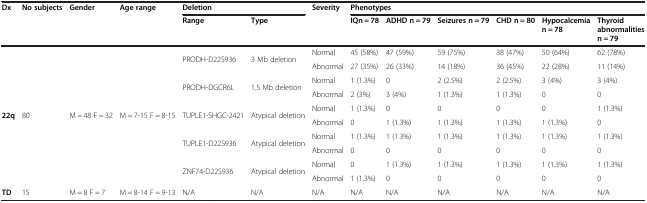
<table><thead><tr><td><b>Dx</b></td><td><b>No subjects</b></td><td><b>Gender</b></td><td><b>Age range</b></td><td colspan="2"><b>Deletion</b></td><td><b>Severity</b></td><td colspan="6"><b>Phenotypes</b></td></tr><tr><td></td><td></td><td></td><td></td><td><b>Range</b></td><td><b>Type</b></td><td></td><td><b>IQn = 78</b></td><td><b>ADHDn = 79</b></td><td><b>Seizuresn = 79</b></td><td><b>CHDn = 80</b></td><td><b>Hypocalcemian = 78</b></td><td><b>Thyroid abnormalities n = 79</b></td></tr></thead><tbody><tr><td rowspan="10"><b>22q</b></td><td rowspan="10">80</td><td rowspan="10">M = 48 F = 32</td><td rowspan="10">M = 7-15 F = 8-15</td><td rowspan="2">PRODH-D22S936</td><td rowspan="2">3 Mb deletion</td><td>Normal</td><td>45 (58%)</td><td>47 (59%)</td><td>59 (75%)</td><td>38 (47%)</td><td>50 (64%)</td><td>62 (78%)</td></tr><tr><td>Abnormal</td><td>27 (35%)</td><td>26 (33%)</td><td>14 (18%)</td><td>36 (45%)</td><td>22 (28%)</td><td>11 (14%)</td></tr><tr><td rowspan="2">PRODH-DGCR6L</td><td rowspan="2">1.5 Mb deletion</td><td>Normal</td><td>1 (1.3%)</td><td>0</td><td>2 (2.5%)</td><td>2 (2.5%)</td><td>3 (4%)</td><td>3 (4%)</td></tr><tr><td>Abnormal</td><td>2 (3%)</td><td>3 (4%)</td><td>1 (1.3%)</td><td>1 (1.3%)</td><td>0</td><td>0</td></tr><tr><td rowspan="2">TUPLE1-SHGC-2421</td><td rowspan="2">Atypical deletion</td><td>Normal</td><td>1 (1.3%)</td><td>0</td><td>0</td><td>0</td><td>0</td><td>1 (1.3%)</td></tr><tr><td>Abnormal</td><td>0</td><td>1 (1.3%)</td><td>1 (1.3%)</td><td>1 (1.3%)</td><td>1 (1.3%)</td><td>0</td></tr><tr><td rowspan="2">TUPLE1-D22S936</td><td rowspan="2">Atypical deletion</td><td>Normal</td><td>1 (1.3%)</td><td>1 (1.3%)</td><td>1 (1.3%)</td><td>1 (1.3%)</td><td>1 (1.3%)</td><td>1 (1.3%)</td></tr><tr><td>Abnormal</td><td>0</td><td>0</td><td>0</td><td>0</td><td>0</td><td>0</td></tr><tr><td rowspan="2">ZNF74-D22S936</td><td rowspan="2">Atypical deletion</td><td>Normal</td><td>0</td><td>1 (1.3%)</td><td>1 (1.3%)</td><td>1 (1.3%)</td><td>1 (1.3%)</td><td>1 (1.3%)</td></tr><tr><td>Abnormal</td><td>1 (1.3%)</td><td>0</td><td>0</td><td>0</td><td>0</td><td>0</td></tr><tr><td><b>TD</b></td><td>15</td><td>M = 8 F = 7</td><td>M = 8-14 F = 9-13</td><td>N/A</td><td>N/A</td><td>N/A</td><td>N/A</td><td>N/A</td><td>N/A</td><td>N/A</td><td>N/A</td><td>N/A</td></tr></tbody></table>